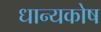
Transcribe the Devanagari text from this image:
धान्यकोष